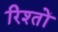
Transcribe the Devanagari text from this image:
रिश्‍तों